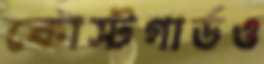
কোস্টগার্ডও